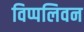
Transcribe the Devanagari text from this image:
विप्पलिवन